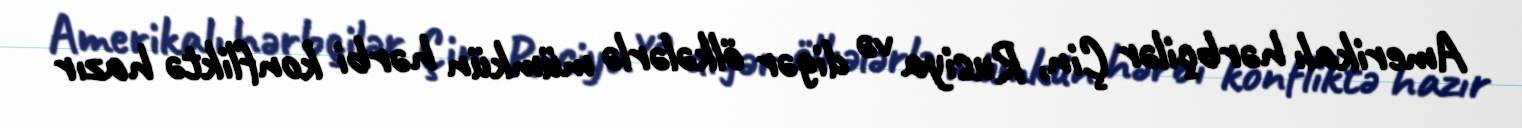
Amerikalı hərbçilər Çin, Rusiya və digər ölkələrlə mümkün hərbi konfliktə hazır